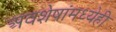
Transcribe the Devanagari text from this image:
अवशेषांमध्येही